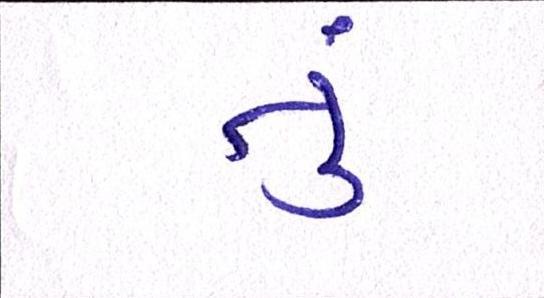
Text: તું